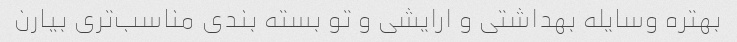
بهتره وسایله بهداشتی و ارایشی و تو بسته بندی مناسب‌تری بیارن